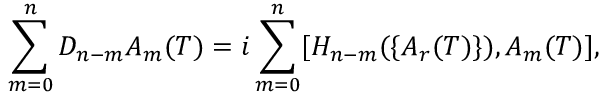
\sum _ { m = 0 } ^ { n } D _ { n - m } A _ { m } ( T ) = i \sum _ { m = 0 } ^ { n } [ H _ { n - m } ( \{ A _ { r } ( T ) \} ) , A _ { m } ( T ) ] ,